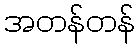
အတန်တန်